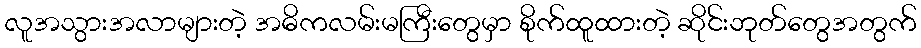
လူအသွားအလာများတဲ့ အဓိကလမ်းမကြီးတွေမှာ စိုက်ထူထားတဲ့ ဆိုင်းဘုတ်တွေအတွက်